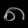
Digit: ၈